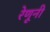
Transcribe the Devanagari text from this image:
रेणूनी